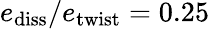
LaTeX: e_{\mathrm{diss}}/e_{\mathrm{twist}}=0.25